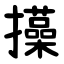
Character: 㩰